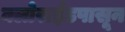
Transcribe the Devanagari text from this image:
क्लोराईडपासून